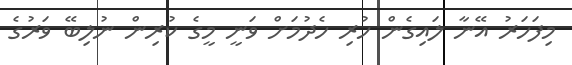
މިފަހަރު އޭނާ ލައިގެން ހުރި ހެދުމަށް ވަނީ މީގެ ކުރިން ނުލިބޭ ވަރުގެ